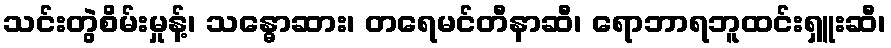
သင်းတွဲစိမ်းမှုန့်၊ သန္ဓောဆား၊ တရေမင်တီနာဆီ၊ ရောဘာရဘူထင်းရှူးဆီ၊